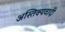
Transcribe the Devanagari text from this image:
अस्तिक्यवादी